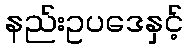
နည်းဥပဒေနှင့်